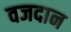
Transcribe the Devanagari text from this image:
वजदान